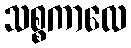
သစ္စကာလေ